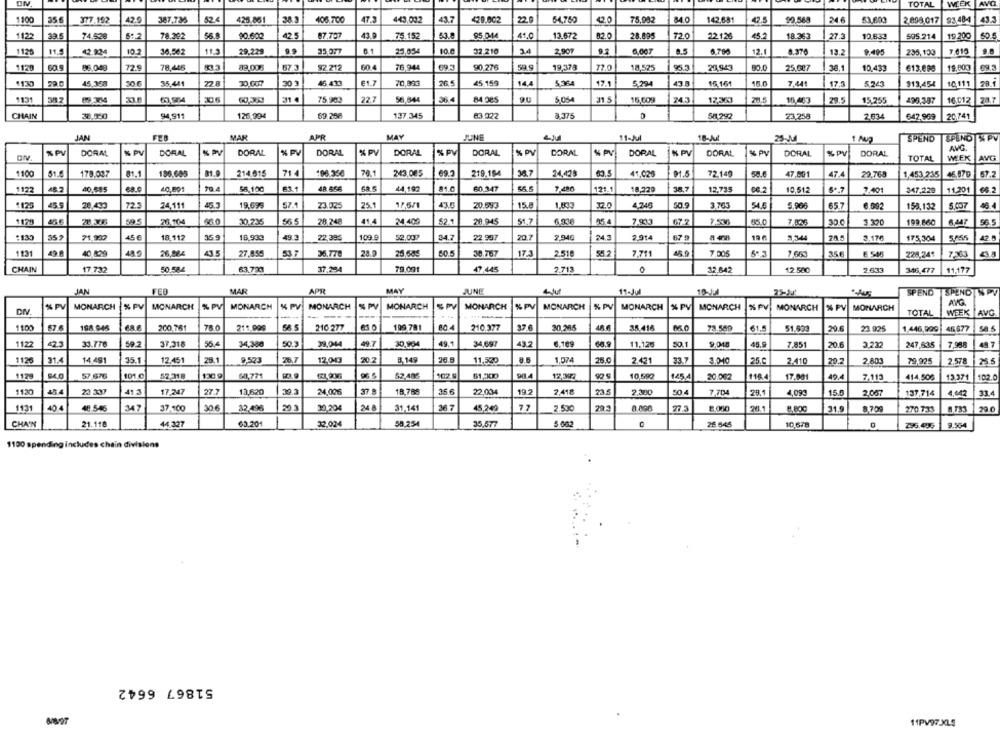
TOTAL
WIEK AVG
1100
35
377.192
42.9
387.736
52.4
425.861
38.3
106.700
443.042
43.7
429.002
22
64,750
42.0
75,902
84.0
142,681
42.5
99,588
24
63,693
2.898 017 93 484
3.3
1123
74.528
78.292
56
$0.600
42.5
07.797
43.0
75.152
95.0-44
41.0
13.672
82.0
28.895
72.0
22.1.26
45.2
18.363
27.3
10.633
505.214
19.200
60.5
1120
11.5
102
36,002
11.3
29,229
35.077
25,03-4
10.0
32.210
3.4
2.907
9.1
6.007
.. 5
12.1
6.376
12.2
9,495
235,133
7019
9.8
1120
86.040
720
78,446
89.00
67.3
92 212
604
76,944
90.276
59.9
19,378
72.0
18,525
95.3
29.943
80.0
25.007
10,433
613.098
19,803
69.3
45,358
70,89€
26
45.159
5,364
17.1
15 16
10111
35,441
30.007
€1.7
14.4
5,294
43.5
15.0
7,441
17.5
5.245
$13,454
1131
31 4
75 903
227
56,644
5,054
31.5
15,609
24.3
12,363
28.5
10,463
29.5
15.255
495,397
16 012
28.7
CHAIN
38,150
94.911
126 994
59.268
137.345
83.022
8.375
58 292
23.258
2634
642.969
20741
JAN
FEB
MAR
APR
MAY
JUNE
11-Jul
18-M
25-Jul
SPEND
SPEND % PV
AVG.
% PV
DORAL
& PV
DORAL
% PV
DORAL
% PV
DORAL
% PV
DORAL
% PV
DORAL
% PV
DORAL
N PV
DORAL
K PV
DORAL
& PV
DORAL
% PV
DORAL
TOTAL
WEEK
AVG
1100
51.4
178.097
81.1
195.683
214.015
714
106.350
70.1
243,085
69.
219.194
36.7
24,429
69.5
41,025
91.5
72.149
47,501
47.
29.769
1,453,235
46,07g
1122
48.2
40,595
68.0
40,891
70.4
38,100
44,192
81.0
60.347
7,480
121.1
18,220
38.7
12,735
68.2
10,512
7.401
347,229
11.201
6 2
1125
459
20.433
723
24.111
45.3
19,695
57.
23.025
25.1
17.6/1
43.5
20.593
15.8
1.833
32.0
4,246
50.9
3,763
54.6
5,906
657
6.592
158.132
1175
28.306
595
28,104
66.0
30.235
56 5
28.248
414
24 400
52.
20.945
51.7
95.4
67.2
7.536
30 0
3 320
199.860
6.447
56.5
:130
352
45€
18.112
18.933
22,395
109.9
52.00?
34.
22.997
20.7
2.946
24.
2.914
67 9
19 6
3,344
3.176
175,304
5855
42.5
1131
40 829
26,884
43
27,855
53 7
36.778
25.64€
36.767
17.3
2.518
55.2
7,711
45,0
7,005
356
228,24
7,363
CHAIN
17.732
50 50
63,720
37.294
79.001
47.445
2.713
32,642
12.500
2 633
346.477
11,177
APR
MAY
JAN
FED
MAR
JUNE
11-Jul
25-31
SPEND
SPEND SPV
% PV
MONARCH
& PV
MONARCH
MONARCH
MONARCH
K PV
% PV
% PV
SPY
AVG.
% PV
MONARCH
K PV
MONARCH
MONARCH
MONARCH
MONARCH
MONARCH
% PV
MONARCH
TOTAL
WEEK AVG
200.761
58.5
210 277
199 781
80.4
210.377
37.6
20.265
35.416
61.5
51.623
1100
168.946
211.099
73.580
23.925
1.446,999
46.677
1122
42.3
33.776
50.2
37.318
55.
34,380
50.3
38,04
49.7
30,904
49.
34 697
43.2
6,169
11.125
50.1
9,048
45.9
7.851
20.6
2.232
247,635
7,988
49.7
1176
21.4
14 491
35.1
12.451
28.1
9.523
26.7
12.00
20.2
8,149
11,520
8.6
1,074
26.0
2.471
33.
3.010
25.C
2.410
20.2
2.803
79.925
2,578
25.5
1175
34.0
57 676
101.0
52.318
130 9
60,771
52.406
102.
61,300
98.4
12,397
10,592
145,4
20.062
116.4
17.001
49.4
7.113
414,505
13.371
102.0
1130
454
24 337
17,247
13,620
24,006
18,789
22,034
192
2.418
2.300
50
7.704
29.1
4.090
15.6
2.057
137.714
4.042
11.4
1131
40 4
48 546
347
37.100
30 €
32,496
20
30,204
24 8
31.141
36.
45.249
2.500
27
31.9
8.709
270.733
29.0
CHA'N
21.118
44 327
63.201
12,024
58,254
35,577
26.645
10,678
0
295.435
9.564
1100 spending includes chain divisions
51867 6642
11PV97.XLS